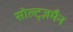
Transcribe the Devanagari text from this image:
सोल्ट्ज़मैन